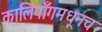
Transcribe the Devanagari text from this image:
कालिंपाँगमधूनच